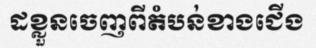
ដខ្លួនចេញពីតំបន់ខាងជើង